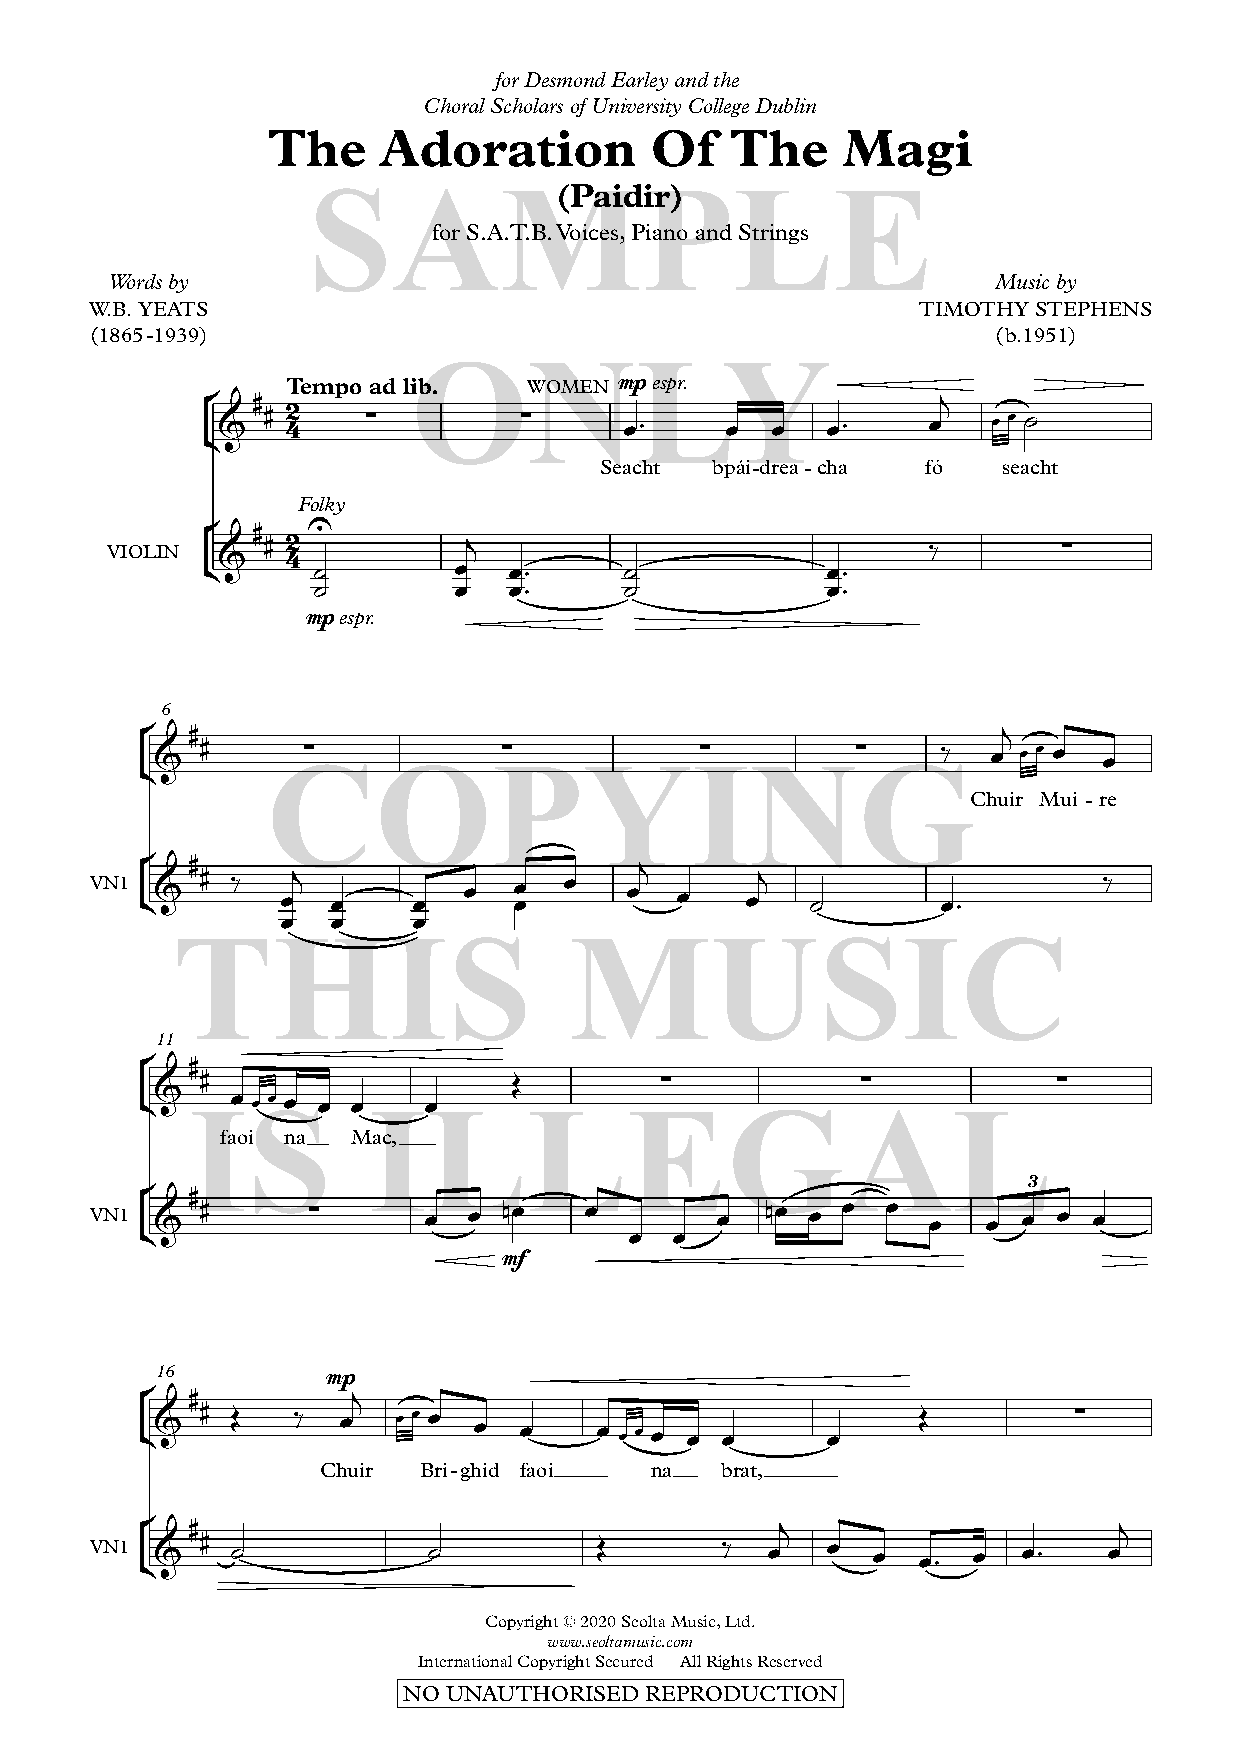
for Desmond Earley and the
 Choral Scholars of University College Dublin
 The    Adoration         Of   The     Magi
 SAM(Pai              dPir)   LE
 for S.A.T.B. Voices, Piano and Strings
 Words by                                                   Music by
 W.B. YEATS                                             TIMOTHY STEPHENS
 (1865-1939)                                                 (b.1951)
 ONLY
 ° &#
 #
 4T 2empo ∑ad lib. ∑WOMEN m œp
 ™
 espr.
 œ  œ   œ™
 œj
 œ œ ˙
 ¢
 Seacht bpái-drea-cha fó   seacht
 Folky
 °   #  U
 # 2           j                             ‰        ∑
 &   4
 VIOLIN ¢      ˙        œ   œ™     ˙             œ™
 ˙        œ   œ™     ˙             œ™
 mp espr.
 °6 #                                                     j
 WW  &  #      ∑            ∑            ∑          ∑    ‰   œ œ œ œ œ
 S ¢
 W W         COPYING
 Chuir Mui - re
 °  #                             j
 VN1 ¢& # ‰   œj œ    œ   œ  œœ œ    œ  œ   œj   ˙       œ™         ‰
 œ  œ    œ
 THIS                       MUSIC
 11
 °  #
 #                    Œ         ∑            ∑            ∑
 W W SW W ¢& œ œ œ œ œ œ œ
 IS         ILLEGAL
 faoi na Mac,
 ° &# #     ∑       œ  œ nœ    œ       œ   nœ œ œ  œ  œ  œ  œ3 œ œ
 VN1 ¢                               œ  œ
 mf
 °16 #        mpj
 W W SW W ¢& # Œ ‰ œ œ œ œ œ œ     œ œ œ œ œ œ    œ     Œ         ∑
 Chuir  Bri-ghid faoi  na   brat,
 °  #                                       j                     j
 VN1 ¢& # ˙            ˙           Œ       ‰  œ   œ  œ  œ™ œ   œ™   œ
 Copyright © 2020 Seolta Music, Ltd.
 www.seoltamusic.com
 International Copyright Secured All Rights Reserved
 NO UNAUTHORISED REPRODUCTION